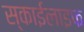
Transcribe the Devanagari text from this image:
स्काईलाइफ